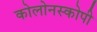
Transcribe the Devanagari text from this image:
कोलोनस्कोपी